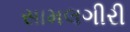
સામલગીરી